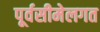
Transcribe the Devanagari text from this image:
पूर्वसीमेलगत